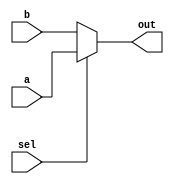
module mux_5_2to1(a,b,sel,out); //0-->a,1-->b

input [4:0]a,b;
input sel;

output [4:0]out;
wire [4:0]out;

assign out=sel?a:b;

endmodule